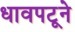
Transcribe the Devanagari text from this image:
धावपटूने